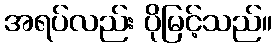
အရပ်လည်း ပိုမြင့်သည်။